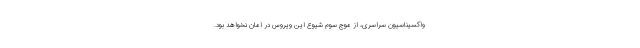
واکسیناسیون سراسری، از موج سوم شیوع این ویروس در امان نخواهد بود.